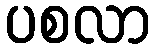
ပစလာ